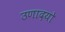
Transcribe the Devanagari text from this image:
उणादयो